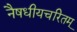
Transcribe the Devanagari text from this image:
नैषधीयचरितम्‌